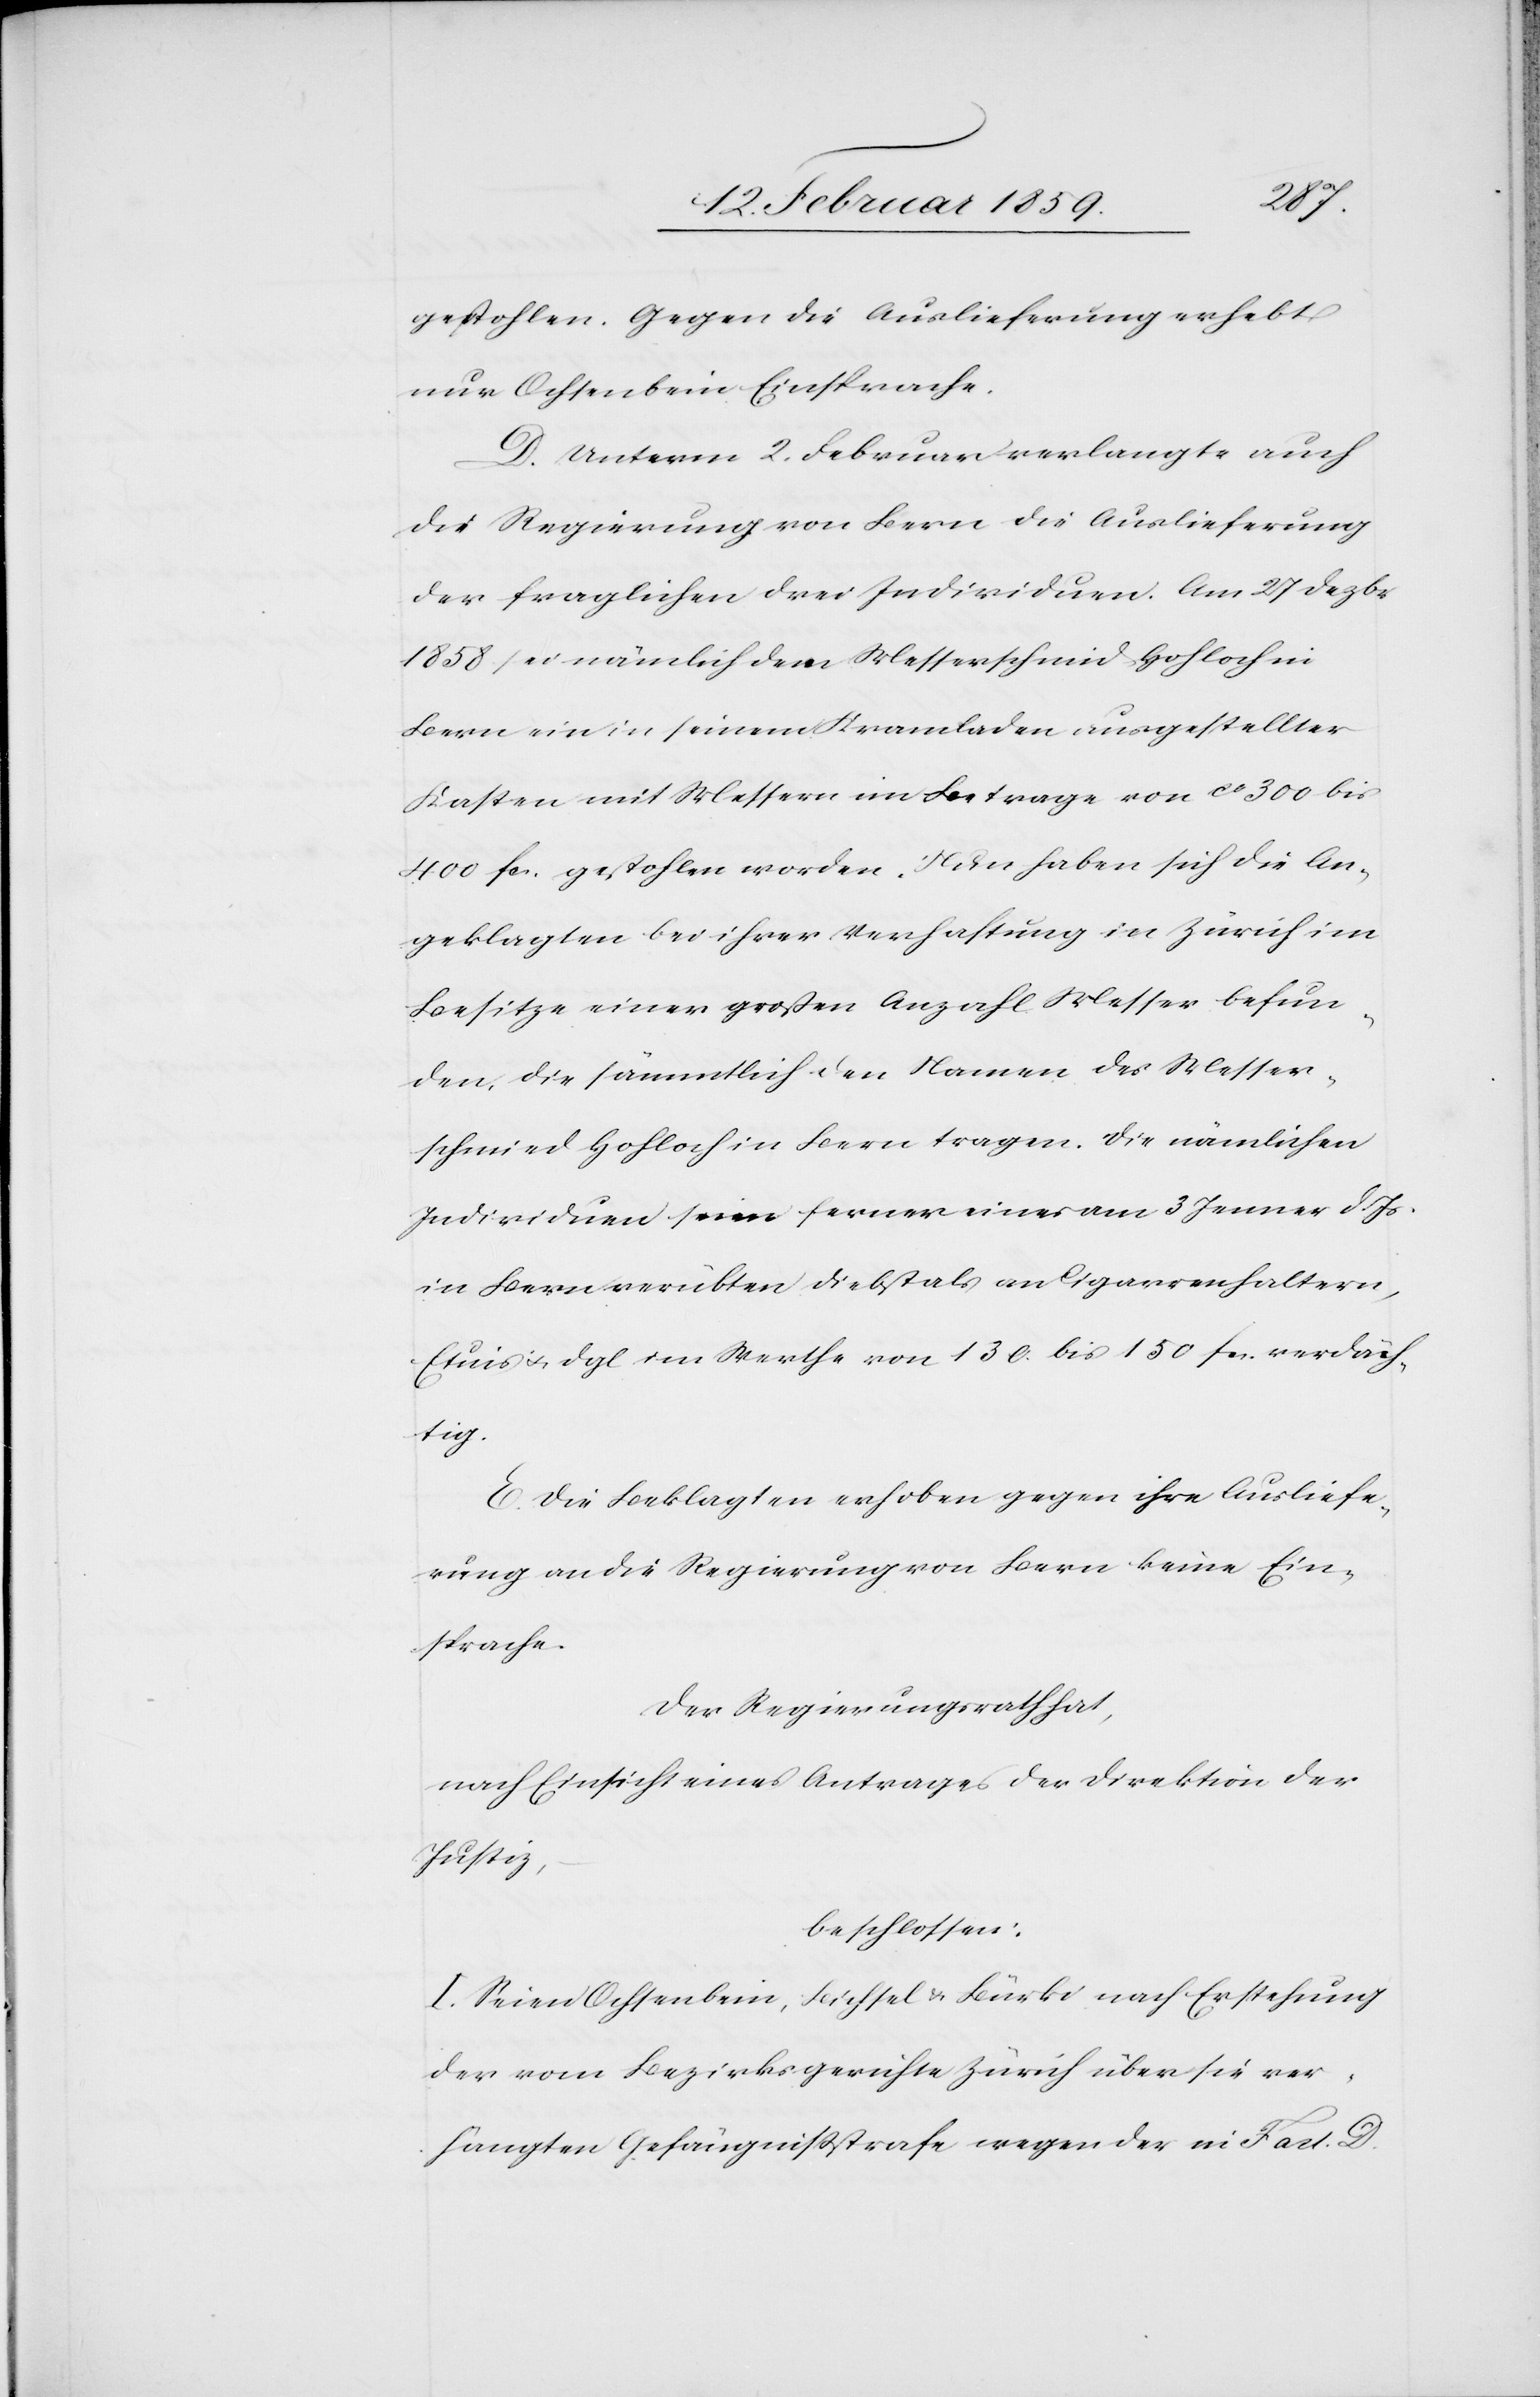
gestohlen. Gegen die Auslieferung erhebt
nur Ochsenbein Einsprache.
D. Unterm 2. Februar verlangte auch
die Regierung von Bern die Auslieferung
der fraglichen drei Individuen. Am 27 Dezbr
1858 sei nämlich dem Messerschmid Hohloch in
Bern ein in seinem Kramladen ausgestellter
Kasten mit Messern im Betrage von ca 300 bis
400 fcs. gestohlen worden. Nun haben sich die An¬
geklagten bei ihrer Verhaftung in Zürich im
Besitze einer großen Anzahl Messer befun¬
den, die sämmtlich den Namen des Messer¬
schmied Hohloch in Bern tragen. Die nämlichen
Individuen seien ferner eines am 3 Januar d. Js.
in Bern verübten Diebstals an Cigarrenhaltern,
Etuis u. dgl im Werthe von 130 bis 150 fcs. verdäch¬
tig.
E. Die Beklagten erhoben gegen ihre Ausliefe¬
rung an die Regierung von Bern keine Ein¬
sprache.
Der Regierungsrath hat,
nach Einsicht eines Antrages der Direktion der
Justiz,
beschlossen:
I. Seien Ochsenbein, Bichsel & Bürki nach Erstehung
der vom Bezirksgerichte Zürich über sie ver¬
hängten Gefängnißstrafe wegen der in Fact. D.